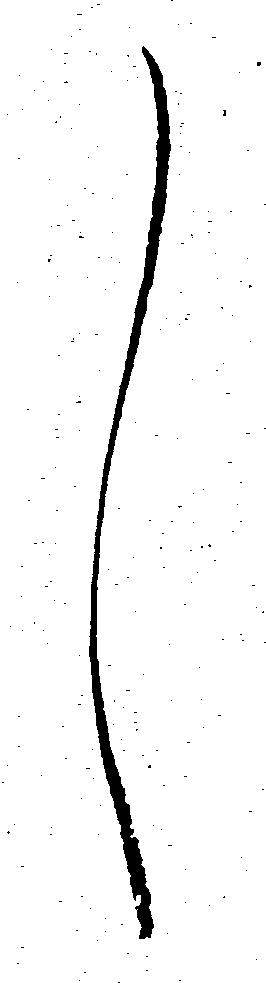
し